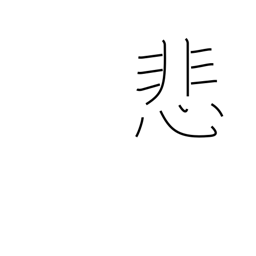
Meaning: deplore